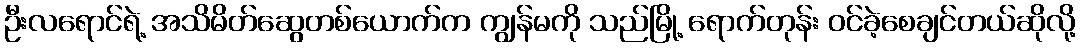
ဦးလရောင်ရဲ့ အသိမိတ်ဆွေတစ်ယောက်က ကျွန်မကို သည်မြို့ ရောက်တုန်း ဝင်ခဲ့စေချင်တယ်ဆိုလို့